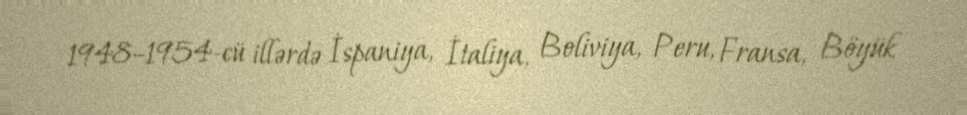
1948–1954-cü illərdə İspaniya, İtaliya, Boliviya, Peru, Fransa, Böyük